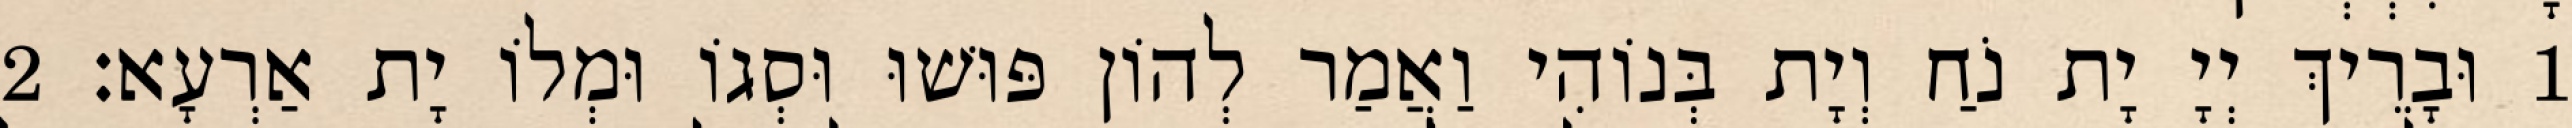
1 וּבָרֵיךְ יְיָ יָת נֹחַ וְיָת בְּנוֹהִי וַאֲמַר לְהוֹן פּוּשׁוּ וּסְגוֹ וּמְלוֹ יָת אַרְעָא׃ 2